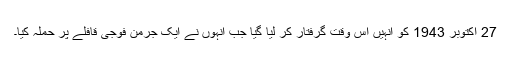
27 اکتوبر 1943 کو اُنہیں اُس وقت گرفتار کر لیا گیا جب اُنہوں نے ایک جرمن فوجی قافلے پر حملہ کیا۔